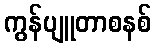
ကွန်ပျူတာစနစ်